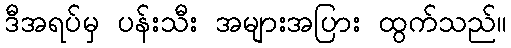
ဒီအရပ်မှ ပန်းသီး အများအပြား ထွက်သည်။